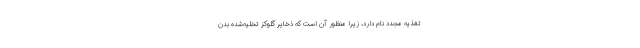
تغذیه مجدد نام دارد، زیرا منظور آن است که ذخایر گلوکز تخلیه‌شده بدن